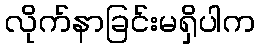
လိုက်နာခြင်းမရှိပါက